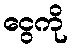
ငွေကို